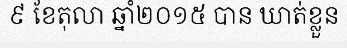
៩ ខែតុលា ឆ្នាំ២០១៥ បាន ឃាត់ខ្លួន